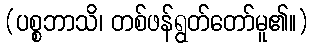
(ပစ္စဘာသိ၊ တစ်ဖန်ရွတ်တော်မူ၏။)